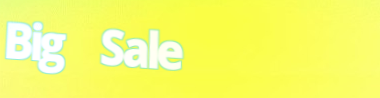
Big Sale